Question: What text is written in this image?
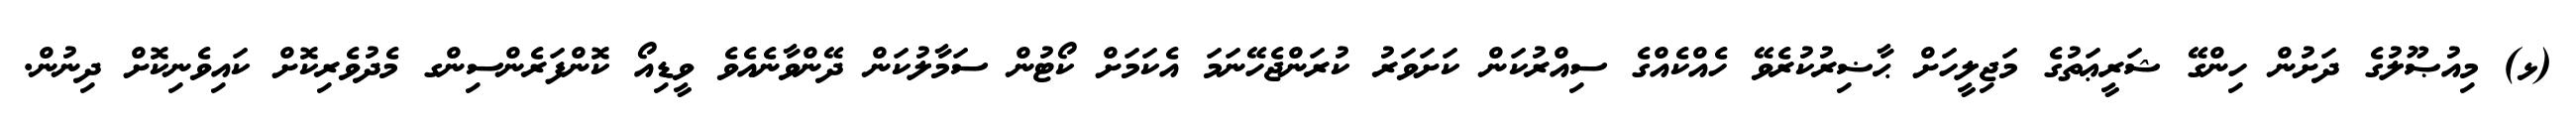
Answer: (ޅ) މިއުޞޫލުގެ ދަށުން ހިންގޭ ޝަރީޢަތުގެ މަޖިލީހަށް ޙާޟިރުކުރެވޭ ހެއްކެއްގެ ސިއްރުކަން ކަށަވަރު ކުރަންޖެހޭނަމަ އެކަމަށް ކޯޓުން ސަމާލުކަން ދޭންވާނެއެވެ ވީޑިއޯ ކޮންފަރެންސިންގ މެދުވެރިކޮށް ކައިވެނިކޮށް ދިނުން.